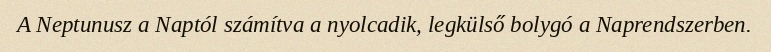
A Neptunusz a Naptól számítva a nyolcadik, legkülső bolygó a Naprendszerben.